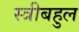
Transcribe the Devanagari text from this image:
स्त्रीबहुल